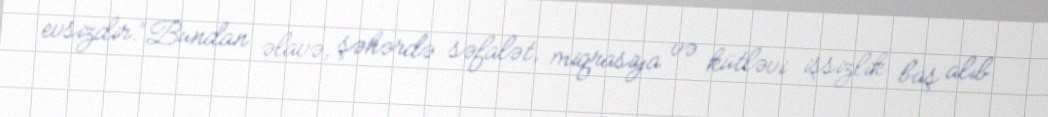
evsizdir.“Bundan əlavə, şəhərdə səfalət, miqrasiya və kütləvi işsizlik baş alıb